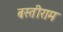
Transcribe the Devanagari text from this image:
बस्तीराम